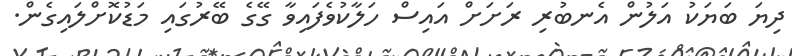
ދިޔަ ބަޔަކު އަލުން އެނބުރި ރަށަށް އައިސް ހަލާކުވެފައިވާ ގޭގެ ބޭރުގައި މަޑުކޮށްލައިގެން.